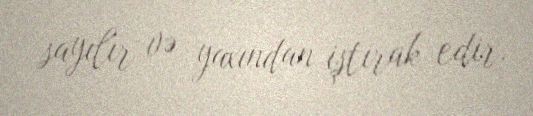
sayılır və yaxından iştirak edir.